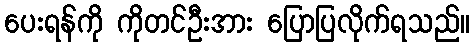
ပေးရန်ကို ကိုတင်ဦးအား ပြောပြလိုက်ရသည်။